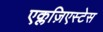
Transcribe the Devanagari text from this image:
एक्लज़िएस्टेस